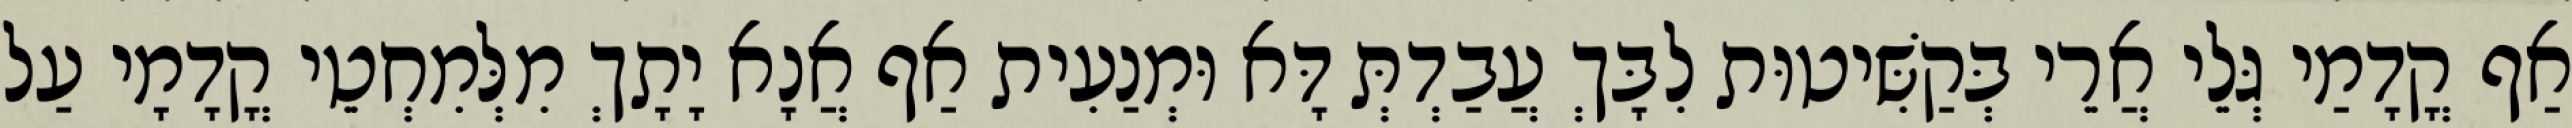
אַף קֳדָמַי גְּלֵי אֲרֵי בְּקַשִּׁיטוּת לִבָּךְ עֲבַדְתְּ דָּא וּמְנַעִית אַף אֲנָא יָתָךְ מִלְּמִחְטֵי קֳדָמָי עַל